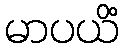
မာပယိံ